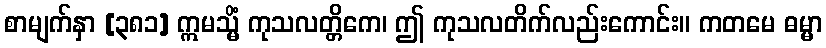
စာမျက်နှာ [၃၈၁] ဣမသ္မိံ ကုသလတ္တိကေ၊ ဤ ကုသလတိက်လည်းကောင်း။ ကတမေ ဓမ္မာ